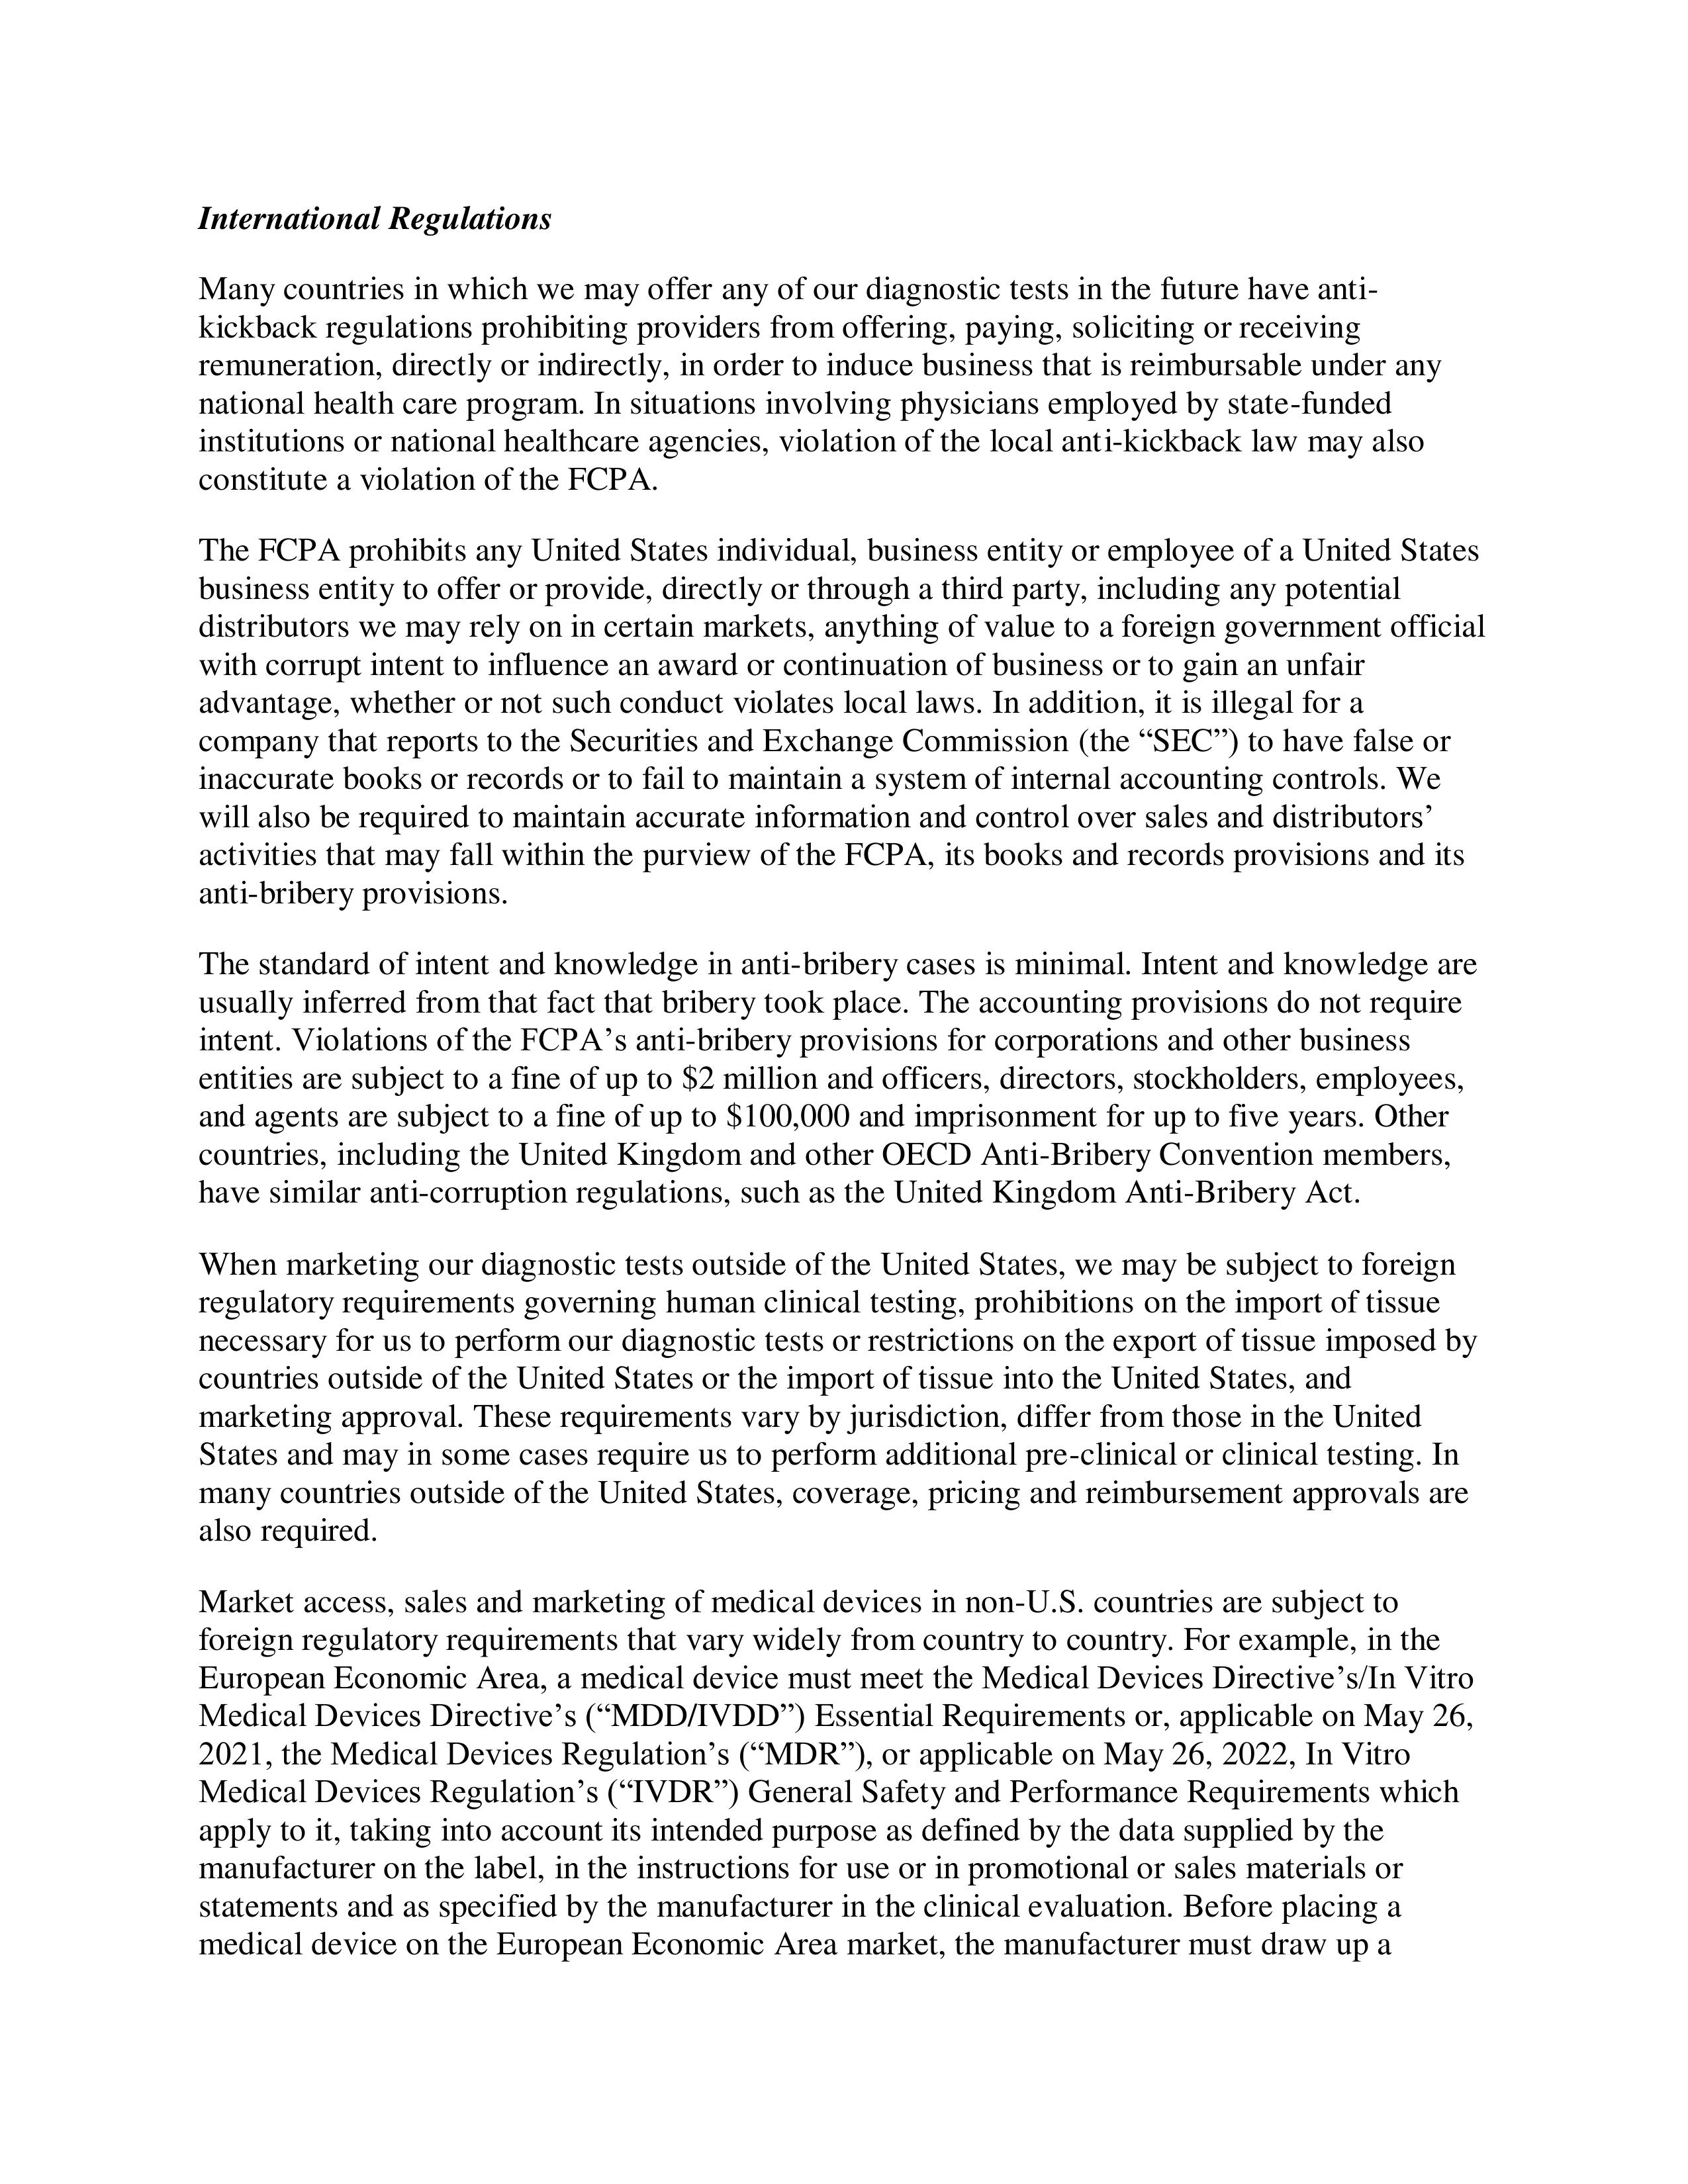
International Regulations

Many countries in which we may offer any of our diagnostic tests in the future have anti-
kickback regulations prohibiting providers from offering, paying, soliciting or receiving
remuneration, directly or indirectly, in order to induce business that is reimbursable under any
national health care program. In situations involving physicians employed by state-funded
institutions or national healthcare agencies, violation of the local anti-kickback law may also
constitute a violation of the FCPA.

The FCPA prohibits any United States individual, business entity or employee of a United States
business entity to offer or provide, directly or through a third party, including any potential
distributors we may rely on in certain markets, anything of value to a foreign government official
with corrupt intent to influence an award or continuation of business or to gain an unfair
advantage, whether or not such conduct violates local laws. In addition, it is illegal for a
company that reports to the Securities and Exchange Commission (the “SEC”) to have false or
inaccurate books or records or to fail to maintain a system of internal accounting controls. We
will also be required to maintain accurate information and control over sales and distributors’
activities that may fall within the purview of the FCPA, its books and records provisions and its
anti-bribery provisions.

The standard of intent and knowledge in anti-bribery cases is minimal. Intent and knowledge are
usually inferred from that fact that bribery took place. The accounting provisions do not require
intent. Violations of the FCPA’s anti-bribery provisions for corporations and other business
entities are subject to a fine of up to $2 million and officers, directors, stockholders, employees,
and agents are subject to a fine of up to $100,000 and imprisonment for up to five years. Other
countries, including the United Kingdom and other OECD Anti-Bribery Convention members,
have similar anti-corruption regulations, such as the United Kingdom Anti-Bribery Act.

When marketing our diagnostic tests outside of the United States, we may be subject to foreign
regulatory requirements governing human clinical testing, prohibitions on the import of tissue
necessary for us to perform our diagnostic tests or restrictions on the export of tissue imposed by
countries outside of the United States or the import of tissue into the United States, and
marketing approval. These requirements vary by jurisdiction, differ from those in the United
States and may in some cases require us to perform additional pre-clinical or clinical testing. In
many countries outside of the United States, coverage, pricing and reimbursement approvals are
also required.

Market access, sales and marketing of medical devices in non-U.S. countries are subject to
foreign regulatory requirements that vary widely from country to country. For example, in the
European Economic Area, a medical device must meet the Medical Devices Directive’s/In Vitro
Medical Devices Directive’s (“MDD/IVDD”) Essential Requirements or, applicable on May 26,
2021, the Medical Devices Regulation’s (“MDR”), or applicable on May 26, 2022, In Vitro
Medical Devices Regulation’s (“IVDR”) General Safety and Performance Requirements which
apply to it, taking into account its intended purpose as defined by the data supplied by the
manufacturer on the label, in the instructions for use or in promotional or sales materials or
statements and as specified by the manufacturer in the clinical evaluation. Before placing a
medical device on the European Economic Area market, the manufacturer must draw up a